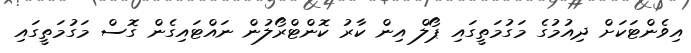
އިވެންޓަކަށް ދިއުމުގެ މަގުމަތީގައި ޕޯލް އިން ކާރު ކޮންޓްރޯލުން ނައްޓައިގެން ގޮސް މަގުމަތީގައި